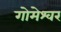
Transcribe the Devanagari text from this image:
गोमेश्वर